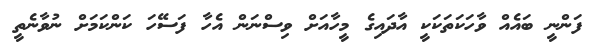
ފަންނީ ބައެއް ވާހަކަތަކަކީ އާދައިގެ މީހާއަށް ވިސްނަން އެހާ ފަސޭހަ ކަންކަމަށް ނުވާނެތީ